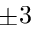
\pm 3